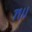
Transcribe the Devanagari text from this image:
७१।।